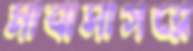
মাঝসাগরে